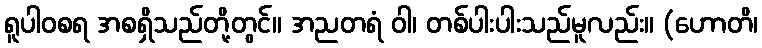
ရူပါဝစရ အစရှိသည်တို့တွင်။ အညတရံ ဝါ၊ တစ်ပါးပါးသည်မူလည်း။ (ဟောတိ၊